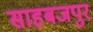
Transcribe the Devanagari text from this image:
साहबजपुर